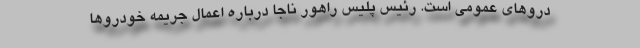
درو‌های عمومی است. رئیس پلیس راهور ناجا درباره اعمال جریمه خودرو‌ها